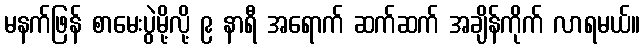
မနက်ဖြန် စာမေးပွဲမို့လို့ ၉ နာရီ အရောက် ဆက်ဆက် အချိန်ကိုက် လာရမယ်။